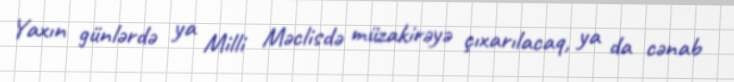
Yaxın günlərdə ya Milli Məclisdə müzakirəyə çıxarılacaq, ya da cənab